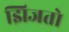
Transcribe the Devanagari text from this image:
झिजतो